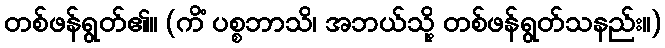
တစ်ဖန်ရွတ်၏။ (ကိံ ပစ္စဘာသိ၊ အဘယ်သို့ တစ်ဖန်ရွတ်သနည်း။)